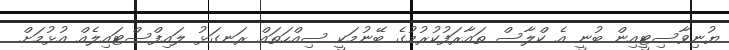
ޔުނިވާސިޓީއިން ބުނީ އެ ކްލާސް ތައާރަފުކުރުމުގެ ބޭނުމަކީ ސިއްހަތައް ރަނގަޅު ލައިފްސްޓައިލެއް އުޅުމަށް